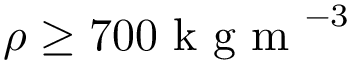
\rho \geq 7 0 0 \mathrm { ~ k ~ g ~ m ~ } ^ { - 3 }